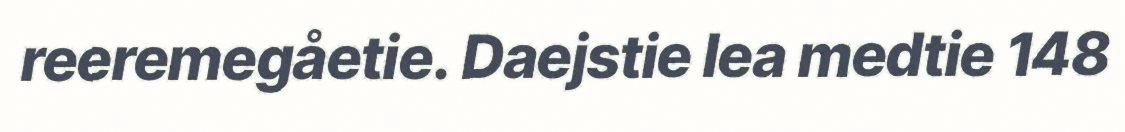
reeremegåetie. Daejstie lea medtie 148